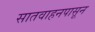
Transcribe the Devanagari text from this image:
सातवाहनपासून